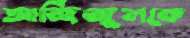
আজিজুলকে